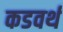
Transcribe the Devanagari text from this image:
कडवर्थ